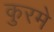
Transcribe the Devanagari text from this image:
कुरमे